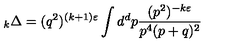
\mathrm { } _ { k } \Delta = ( q ^ { 2 } ) ^ { ( k + 1 ) \varepsilon } \int d ^ { d } p \frac { ( p ^ { 2 } ) ^ { - k \varepsilon } } { p ^ { 4 } ( p + q ) ^ { 2 } }